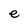
Character: e